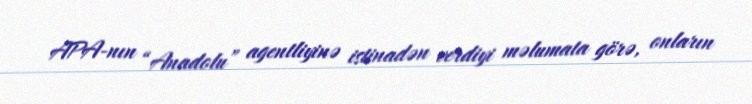
APA-nın “Anadolu” agentliyinə istinadən verdiyi məlumata görə, onların